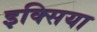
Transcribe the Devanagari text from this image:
इक्सिया